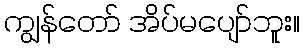
ကျွန်တော် အိပ်မပျော်ဘူး။